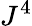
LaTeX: J^{4}